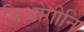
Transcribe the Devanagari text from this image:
थिओगोनि